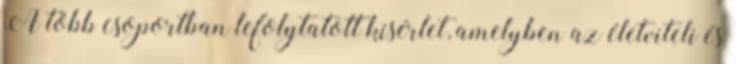
A több csoportban lefolytatott kísérlet, amelyben az életviteli és